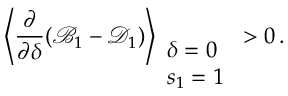
\left\langle \frac { \partial } { \partial \delta } ( \mathcal { B } _ { 1 } - \mathcal { D } _ { 1 } ) \right\rangle _ { \begin{array} { l } { \delta = 0 } \\ { s _ { 1 } = 1 } \end{array} } > 0 \, .